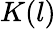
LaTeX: K(l)